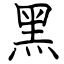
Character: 黑